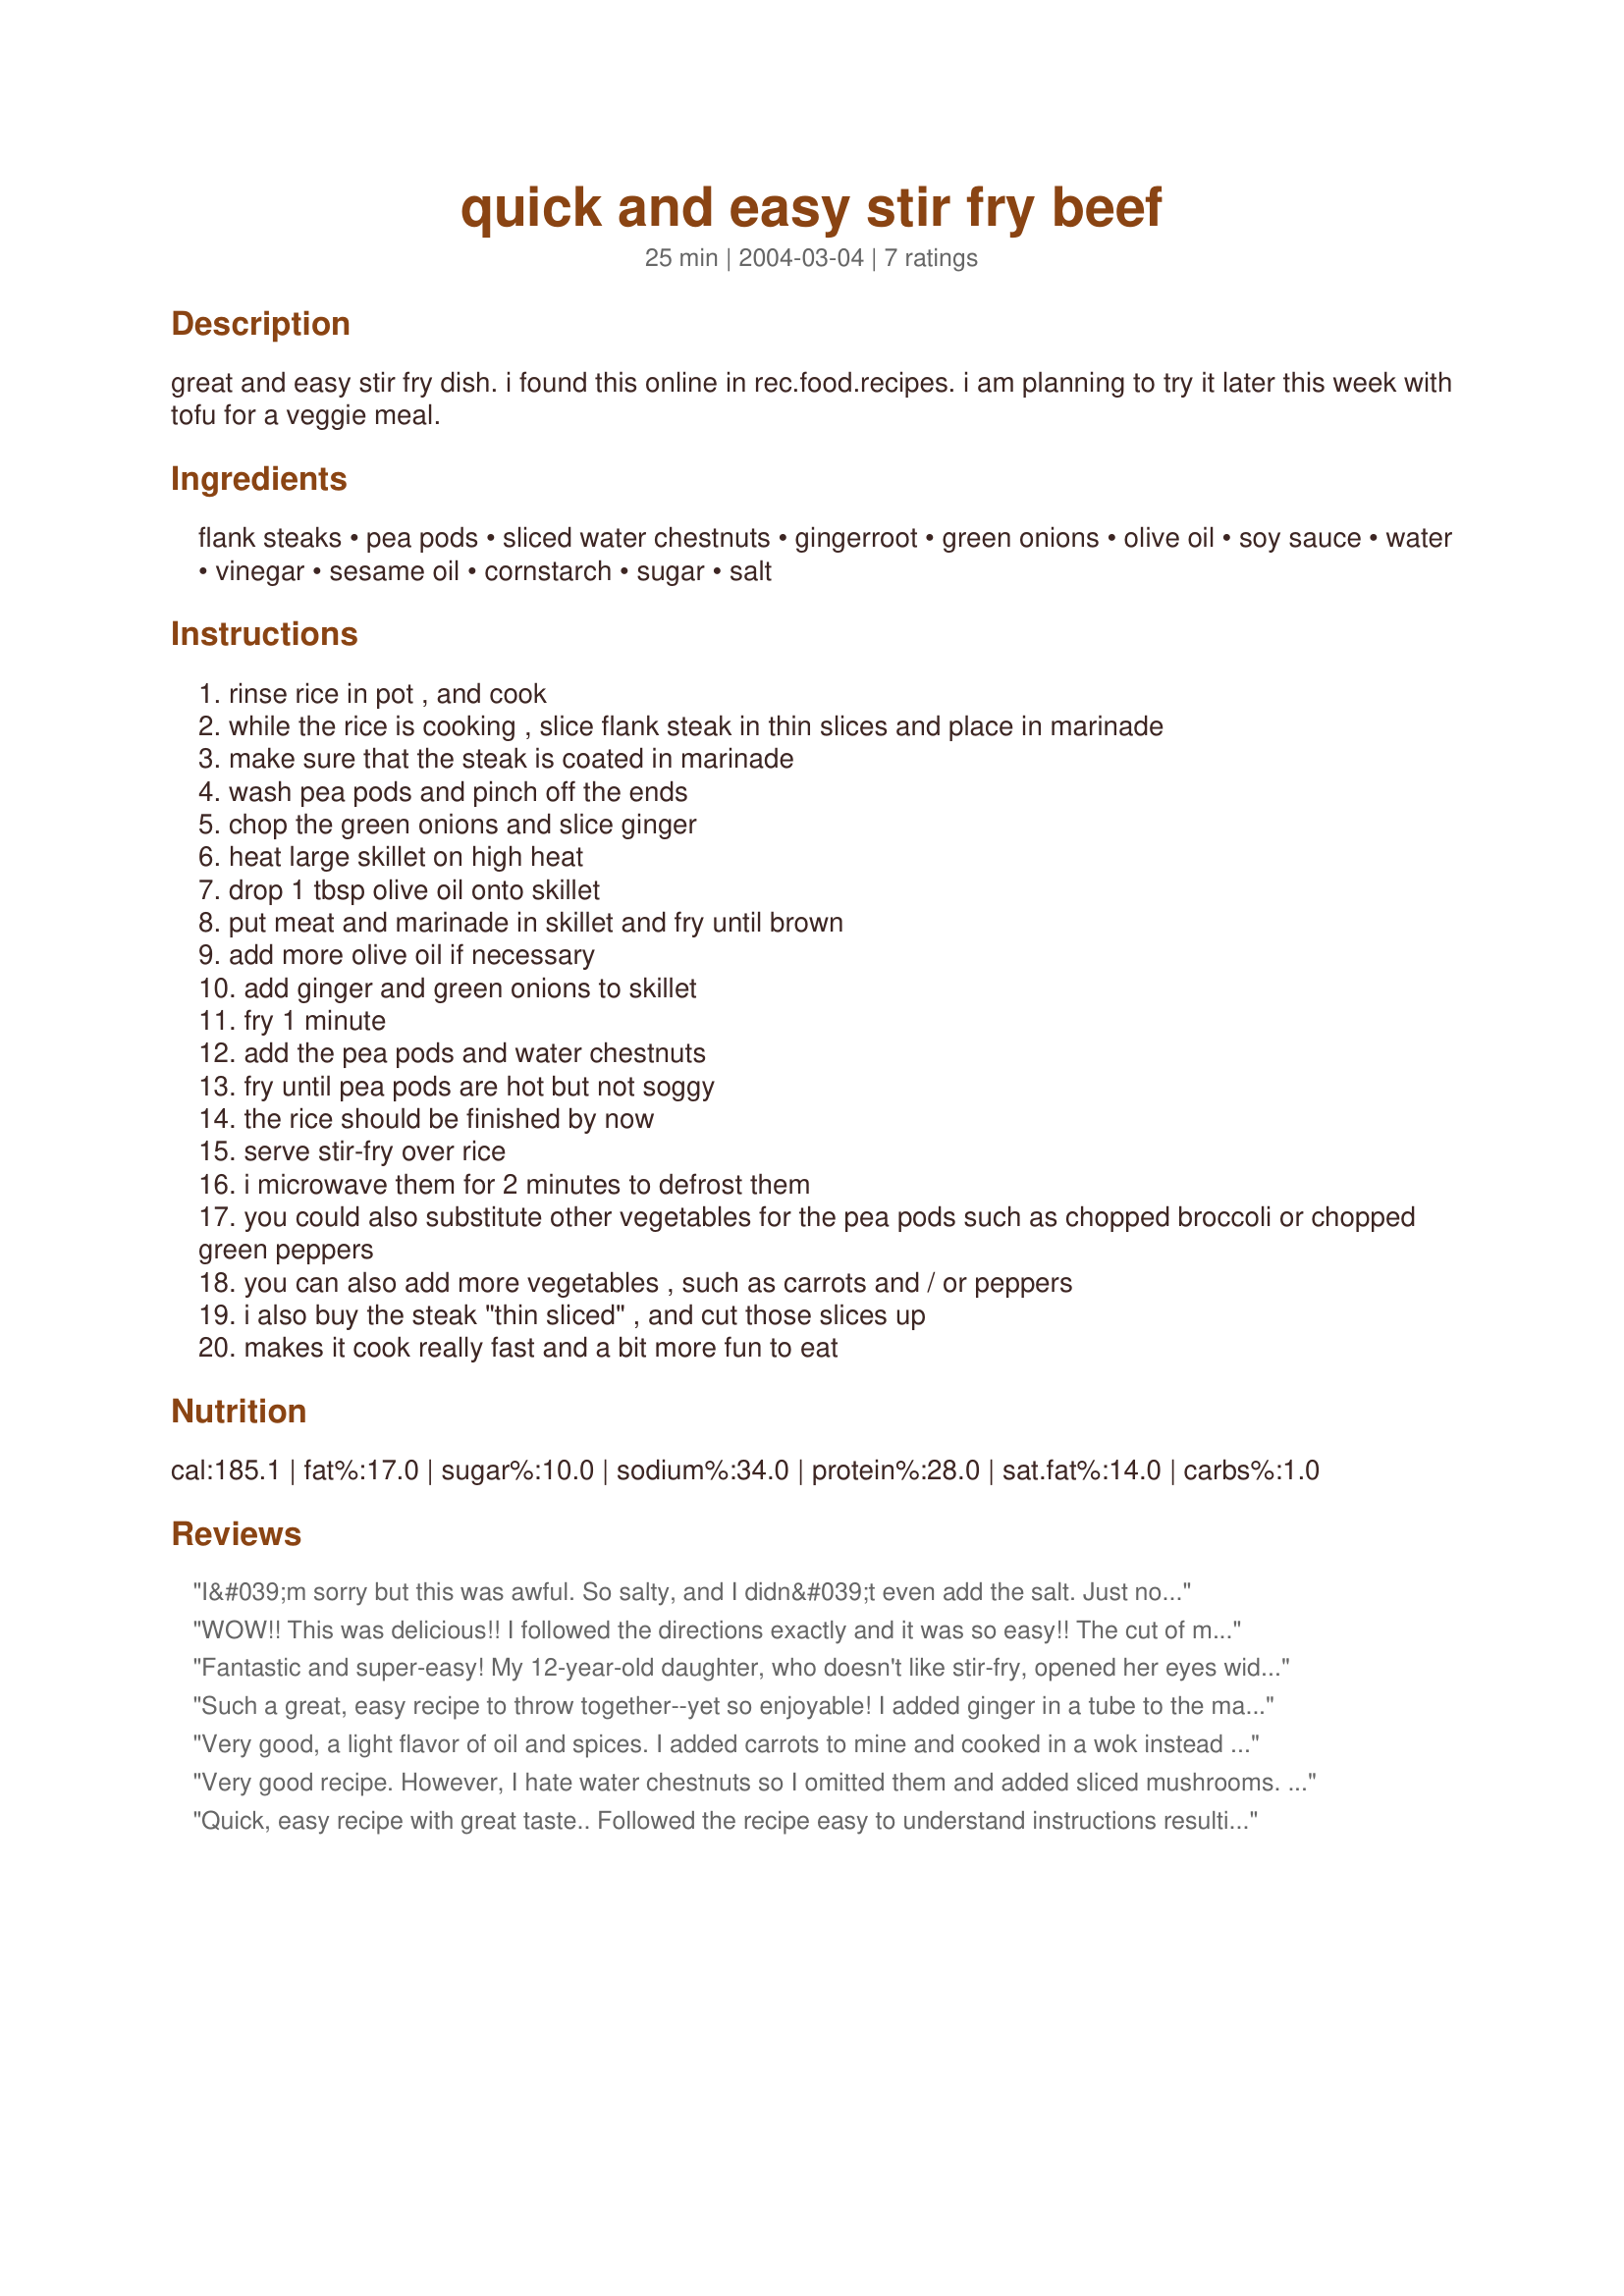
quick and easy stir fry beef
Preparation time: 25 minutes

great and easy stir fry dish. i found this online in rec.food.recipes. i am planning to try it later this week with tofu for a veggie meal.

Ingredients:
flank steaks, pea pods, sliced water chestnuts, gingerroot, green onions, olive oil, soy sauce, water, vinegar, sesame oil, cornstarch, sugar, salt

Steps:
rinse rice in pot , and cook
while the rice is cooking , slice flank steak in thin slices and place in marinade
make sure that the steak is coated in marinade
wash pea pods and pinch off the ends
chop the green onions and slice ginger
heat large skillet on high heat
drop 1 tbsp olive oil onto skillet
put meat and marinade in skillet and fry until brown
add more olive oil if necessary
add ginger and green onions to skillet
fry 1 minute
add the pea pods and water chestnuts
fry until pea pods are hot but not soggy
the rice should be finished by now
serve stir-fry over rice
i microwave them for 2 minutes to defrost them
you could also substitute other vegetables for the pea pods such as chopped broccoli or chopped green peppers
you can also add more vegetables , such as carrots and / or peppers
i also buy the steak "thin sliced" , and cut those slices up
makes it cook really fast and a bit more fun to eat

Reviews:
I&#039;m sorry but this was awful. So salty, and I didn&#039;t even add the salt. Just not an over all flavor I enjoyed.
WOW!! This was delicious!! I followed the directions exactly and it was so easy!! The cut of meat was perfect for this dish and the sauce was great! We have made several beef stir-frys. This is by FAR the best!! We were imaging all the other mixtures would could make with this (trying differetn veggies or the starch that you eat it with) I wouldn't make one single change to the meat or marinade....IT IS PERFECT!!
Fantastic and super-easy! My 12-year-old daughter, who doesn't like stir-fry, opened her eyes wide and said, "This is really good!"
Such a great, easy recipe to throw together--yet so enjoyable! I added ginger in a tube to the marinate and red peps and two Thai chilis to the stir-fry. You could add any vegie, like broccoli. Yums!
Very good, a light flavor of oil and spices. I added carrots to mine and cooked in a wok instead of a frying pan.
Very good recipe. However, I hate water chestnuts so I omitted them and added sliced mushrooms. Very flavorful and quick and easy. I also made lo mein instead of rice. Would have been better with rice. Another keeper!
Quick, easy recipe with great taste.. Followed the recipe easy to understand instructions resulting in a super dish over rice. I used the fatter sugar snap peas. Thanks basia1 for a lovely Friday night dinner
